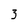
Character: 3